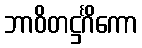
ဘာဝိတဋ္ဌင်္ဂိကော